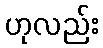
ဟုလည်း